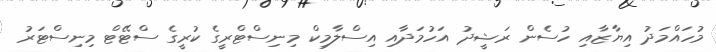
މުހައްމަދު އިޔާޒާއި ހުސެން ރަޝީދު އަހުމަދާއި އިސްލާމިކް މިނިސްޓްރީގެ ކުރީގެ ސްޓޭޓް މިނިސްޓަރު